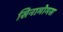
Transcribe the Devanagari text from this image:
सिनामोमस